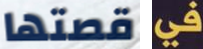
قصتها في